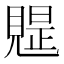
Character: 𧡭